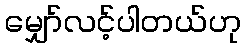
မျှော်လင့်ပါတယ်ဟု